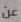
عن